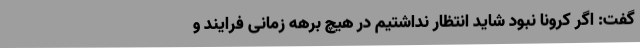
گفت: اگر کرونا نبود شاید انتظار نداشتیم در هیچ برهه زمانی فرایند و